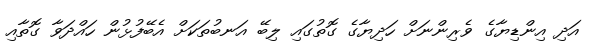
އަދި އިންޑިޔާގެ ވެރިންނަށް ހަދިޔާގެ ގޮތުގައި ލިބޭ އަނބުތަކަށް އެބޭފުޅުން ހައްދަވާ ގޮތާއި